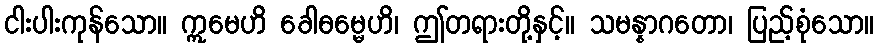
ငါးပါးကုန်သော။ ဣမေဟိ ခေါဓမ္မေဟိ၊ ဤတရားတို့နှင့်။ သမန္နာဂတော၊ ပြည့်စုံသော။